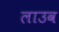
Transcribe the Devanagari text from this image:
लाउव